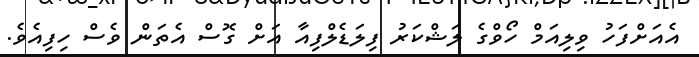
އެއަށްފަހު ވިލިއަމް ހޯވްގެ ލަޝްކަރު ފިލަޑެލްފިއާ އަށް ގޮސް އެތަން ވެސް ހިފިއެވެ.